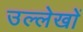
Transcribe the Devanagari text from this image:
उल्लेखाें